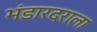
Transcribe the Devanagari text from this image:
भंडारदराला